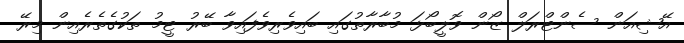
އޭޝިއަން ސެންޓްރަލް ޒޯން ވޮލީބޯޅަ މުބާރާތުގައި ބައިވެރިވެފައިވާ ބޭރު ޓީމު ތަކުގެތެރެއިން މިރޭ